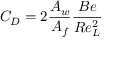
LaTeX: C _ { D } = 2 { \frac { A _ { w } } { A _ { f } } } { \frac { B e } { R e _ { L } ^ { 2 } } }